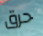
حرق